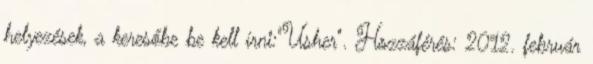
helyezések, a keresőbe be kell írni:"Usher". Hozzáférés: 2012. február